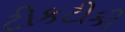
ટીકટીકી